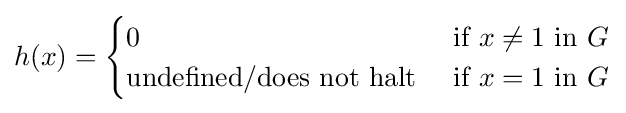
h(x)={\begin{cases}0&{\text{if}}\ x\neq 1\ {\text{in}}\ G\\{\text{undefined/does not halt}}\ &{\text{if}}\ x=1\ {\text{in}}\ G\end{cases}}